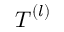
{ \boldsymbol { T } } ^ { ( l ) }